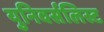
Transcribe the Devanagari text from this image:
युनिवर्सलिस्ट